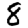
Digit: 8